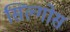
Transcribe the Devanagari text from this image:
सिल्गोस